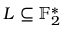
L \subseteq \mathbb { F } _ { 2 } ^ { * }